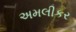
અમલીકર